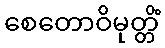
စေတောဝိမုတ္တိံ